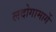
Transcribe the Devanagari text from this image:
लदोगामार्गे